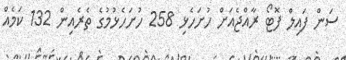
ސަން ފައިލް ފޮޓޯ ރާއްޖެއަށް ހުށަހެޅި 258 ހުށަހެޅުމުގެ ތެރެއިން 132 ކަމެއް